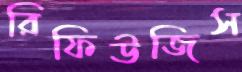
রিফিউজিস